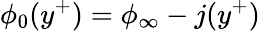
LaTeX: \phi_{0}(y^{+})=\phi_{\infty}-j(y^{+})